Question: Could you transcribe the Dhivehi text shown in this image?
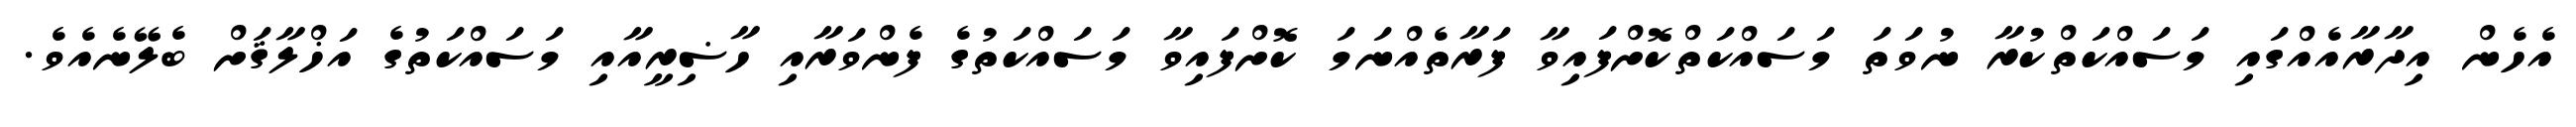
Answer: އެހެން އިދާރާއެއްގައި މަސައްކަތްކުރާ ނުވަތަ މަސައްކަތްކޮށްފައިވާ ފަރާތެއްނަމަ ކޮށްފައިވާ މަސައްކަތުގެ ފެންވަރާއި ހާޟިރީއާއި މަސައްކަތުގެ އަޚްލާޤަށް ބެލޭނެއެވެ.